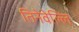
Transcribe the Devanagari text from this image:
तिनेवेल्लि